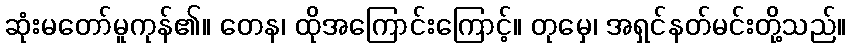
ဆုံးမတော်မူကုန်၏။ တေန၊ ထိုအကြောင်းကြောင့်။ တုမှေ၊ အရှင်နတ်မင်းတို့သည်။